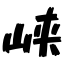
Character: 峡